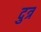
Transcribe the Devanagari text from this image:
दुत्र